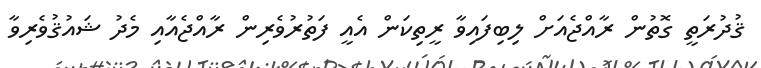
ޤުދުރަތީ ގޮތުން ރާއްޖެއަށް ލިބިފައިވާ ރީތިކަން އެއީ ފަތުރުވެރިން ރާއްޖެއާއި މެދު ޝައުޤުވެރިވާ